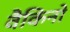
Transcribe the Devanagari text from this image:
वैकिनो